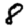
Digit: 8